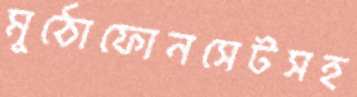
মুঠোফোনসেটসহ